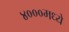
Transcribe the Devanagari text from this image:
४०००मध्ये